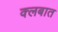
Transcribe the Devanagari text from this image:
क्‍लबात